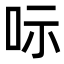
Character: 呩